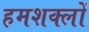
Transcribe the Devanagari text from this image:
हमशक्लों